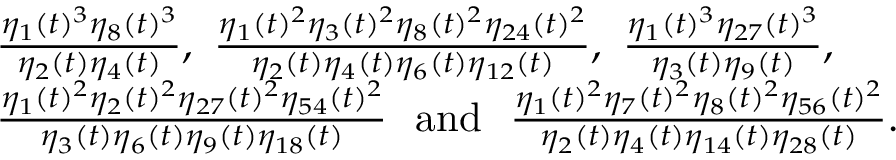
\begin{array} { r l } & { \frac { \eta _ { 1 } ( t ) ^ { 3 } \eta _ { 8 } ( t ) ^ { 3 } } { \eta _ { 2 } ( t ) \eta _ { 4 } ( t ) } , \, \, \frac { \eta _ { 1 } ( t ) ^ { 2 } \eta _ { 3 } ( t ) ^ { 2 } \eta _ { 8 } ( t ) ^ { 2 } \eta _ { 2 4 } ( t ) ^ { 2 } } { \eta _ { 2 } ( t ) \eta _ { 4 } ( t ) \eta _ { 6 } ( t ) \eta _ { 1 2 } ( t ) } , \, \, \frac { \eta _ { 1 } ( t ) ^ { 3 } \eta _ { 2 7 } ( t ) ^ { 3 } } { \eta _ { 3 } ( t ) \eta _ { 9 } ( t ) } , } \\ & { \frac { \eta _ { 1 } ( t ) ^ { 2 } \eta _ { 2 } ( t ) ^ { 2 } \eta _ { 2 7 } ( t ) ^ { 2 } \eta _ { 5 4 } ( t ) ^ { 2 } } { \eta _ { 3 } ( t ) \eta _ { 6 } ( t ) \eta _ { 9 } ( t ) \eta _ { 1 8 } ( t ) } \, \, \, \, \mathrm { a n d } \, \, \, \, \frac { \eta _ { 1 } ( t ) ^ { 2 } \eta _ { 7 } ( t ) ^ { 2 } \eta _ { 8 } ( t ) ^ { 2 } \eta _ { 5 6 } ( t ) ^ { 2 } } { \eta _ { 2 } ( t ) \eta _ { 4 } ( t ) \eta _ { 1 4 } ( t ) \eta _ { 2 8 } ( t ) } . } \end{array}